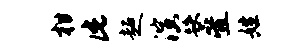
柑此超演跌叠姓